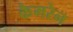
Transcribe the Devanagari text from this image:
कैमरेन